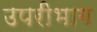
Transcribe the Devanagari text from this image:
उपरीभाग